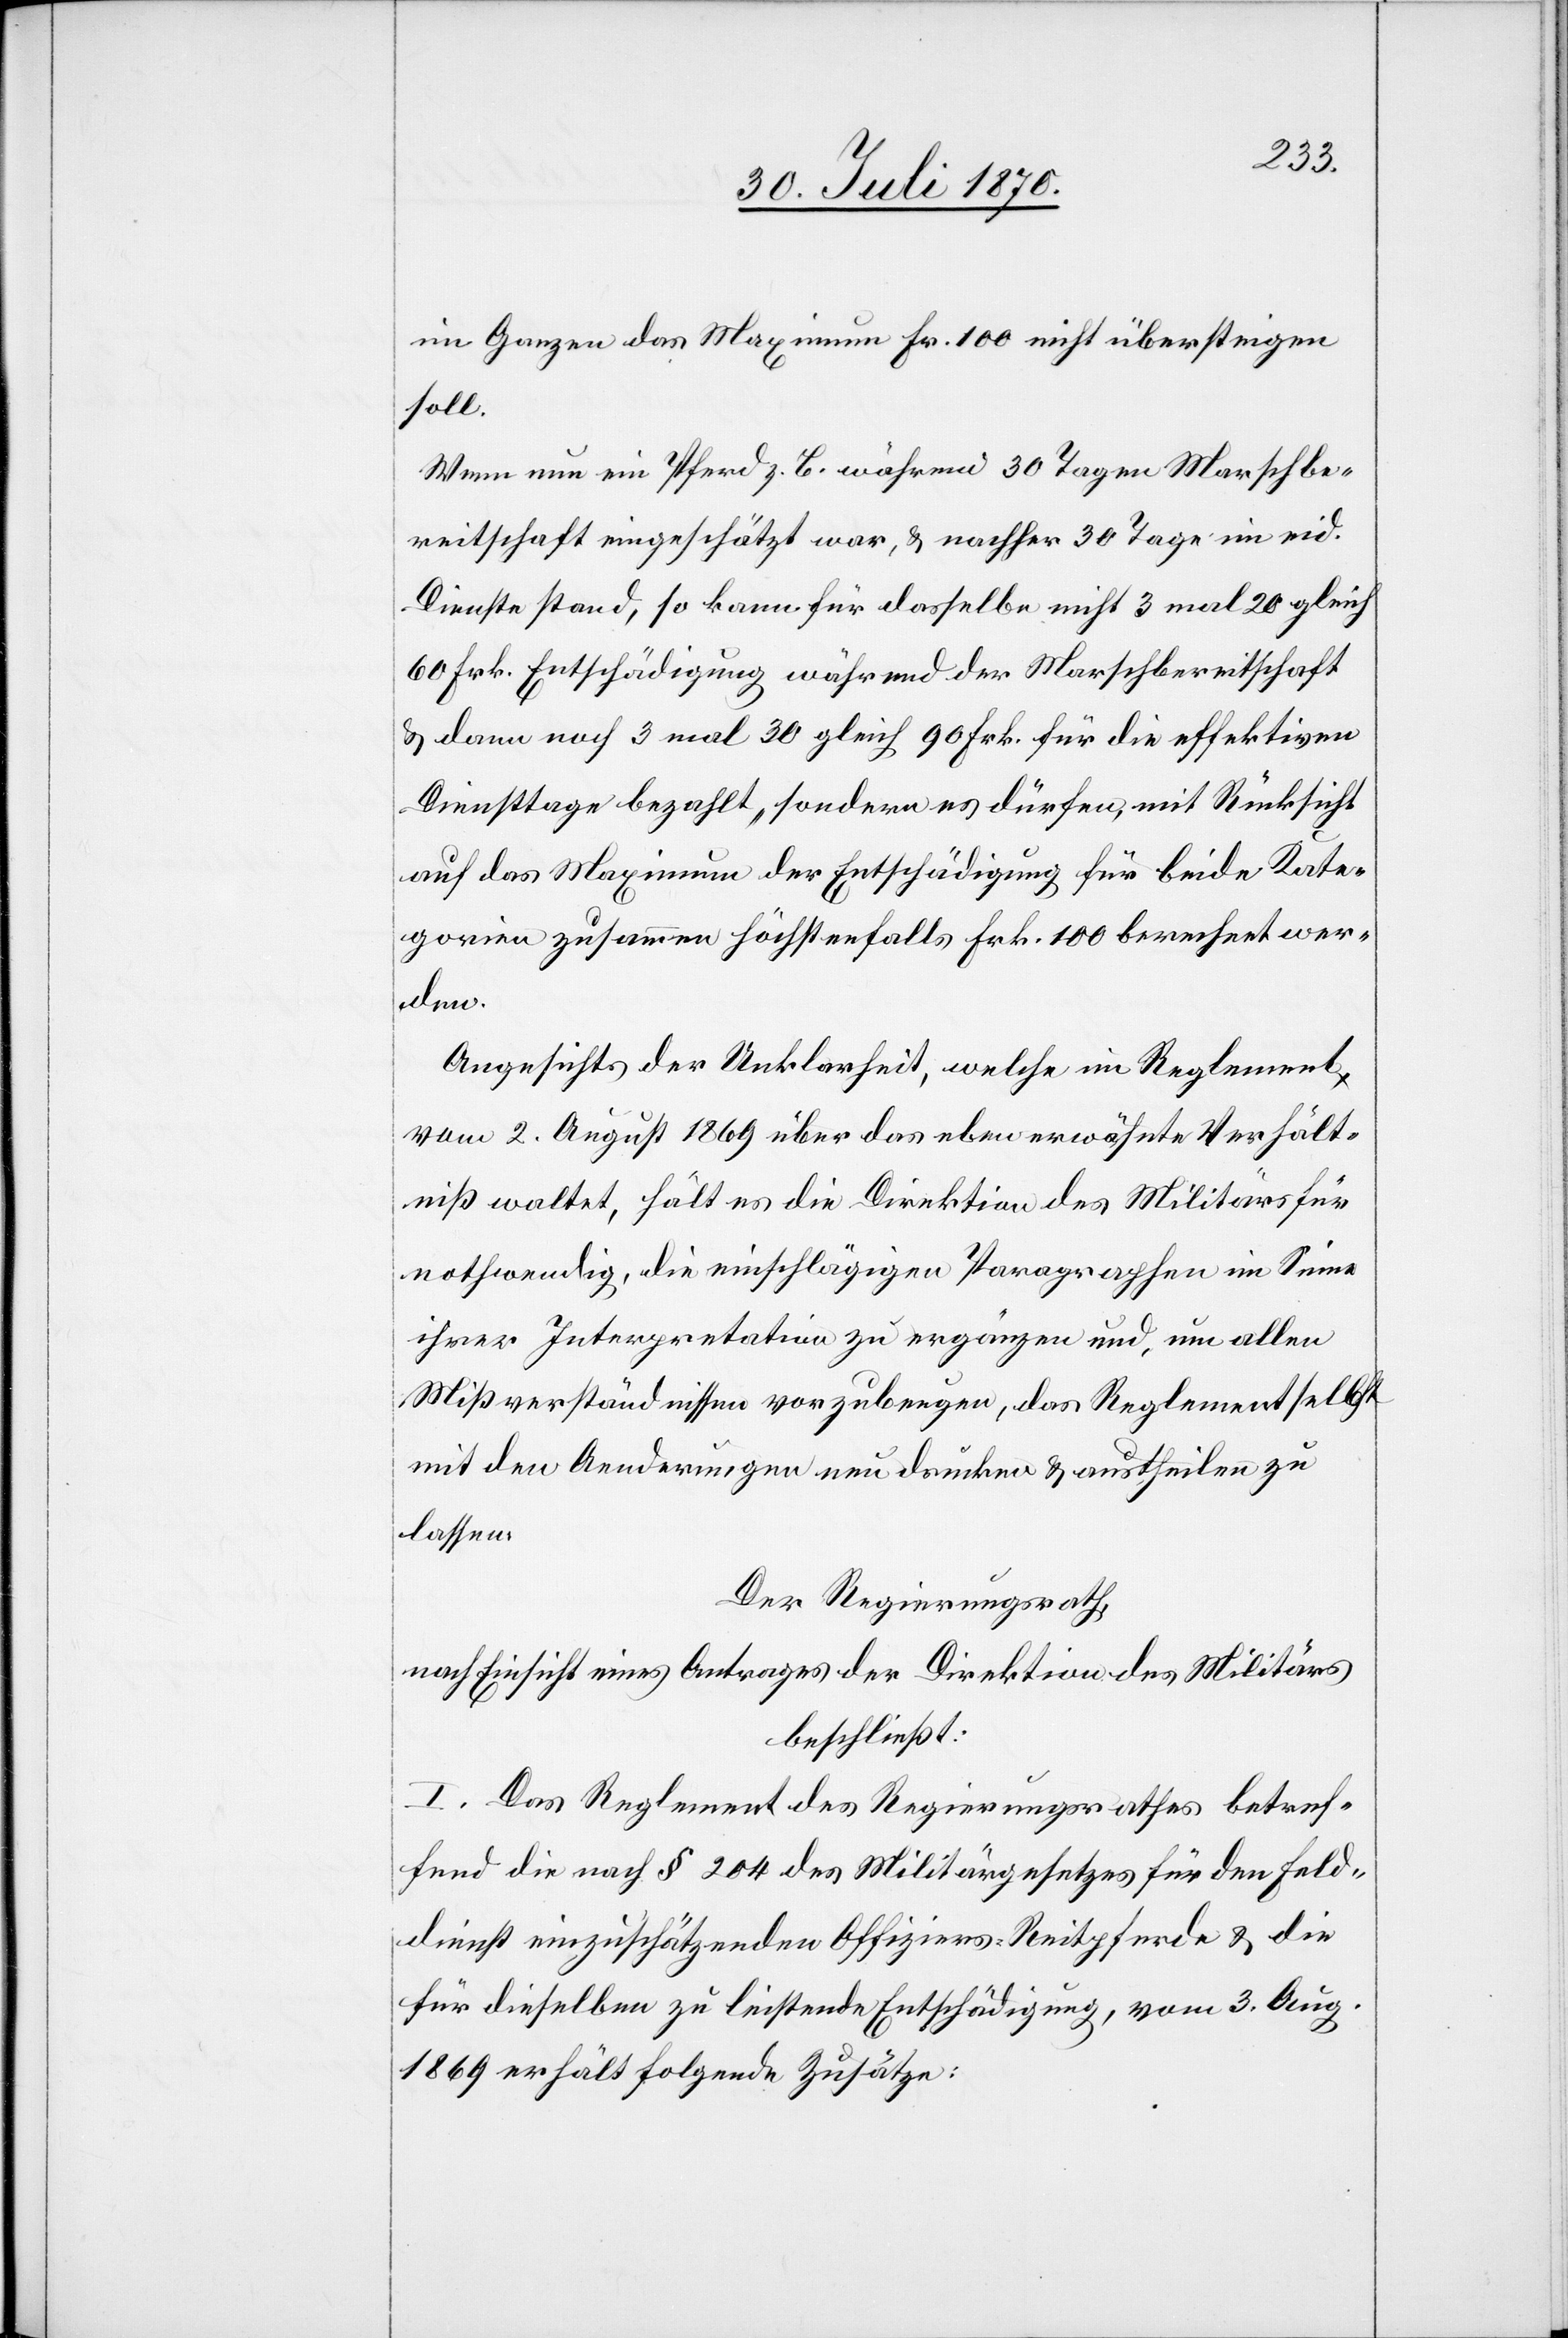
im Ganzen das Maximum Fr. 100 nicht übersteigen
soll.
Wenn nun ein Pferd z. B. während 30 Tagen Marschbe¬
reitschaft eingeschätzt war, & nachher 30 Tage im eid.
Dienste stand, so kann für dasselbe nicht 3 mal 20 gleich
60 Frk. Entschädigung während der Marschbereitschaft
& dann noch 3 mal 30 gleich 90 Frk. für die effektiven
Diensttage bezahlt, sondern es dürfen, mit Rücksicht
auf das Maximum der Entschädigung für beide Kate¬
gorien zusammen höchstenfalls Frk. 100 berechnet wer¬
den.
Angesichts der Unklarheit, welche im Reglement
vom 2. August 1869 über das eben erwähnte Verhält¬
niß waltet, hält es die Direktion des Militärs für
nothwendig, die einschlägigen Paragraphen im Sinne
ihrer Interpretation zu ergänzen und, um allen
Mißverständnissen vorzubeugen, das Reglement selbst
mit den Aenderungen nun drucken & austheilen zu
lassen.
Der Regierungsrath,
nach Einsicht eines Antrages der Direktion des Militärs
beschließt:
I. Das Reglement des Regierungsrath betref¬
fend die nach § 204 des Militärgesetzes für den Feld¬
dienst einzuschätzenden Offiziers-Reitpferde & die
für dieselbe zu leistende Entschädigung, vom 3. Aug.
1869 erhält folgende Zusätze: